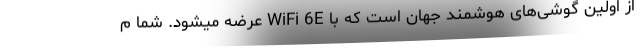
از اولین گوشی‌های هوشمند جهان است که با WiFi 6E عرضه میشود. شما م